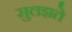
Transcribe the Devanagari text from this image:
सुलझते